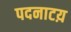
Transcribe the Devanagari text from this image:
पदनाटय़